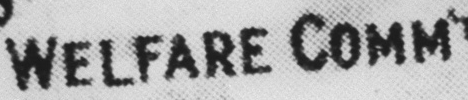
WELFARE COMM